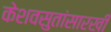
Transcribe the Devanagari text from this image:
केशवसुतांसारखी